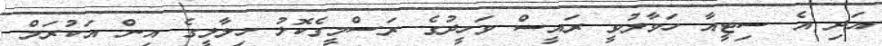
އަދި އެ ސިޓީއާ ހަވާލުވީ ރައީސް ވަހީދުގެ ރަސްމީގެކޮޅު ހިލާލީގެ އިން އަކުރަމް